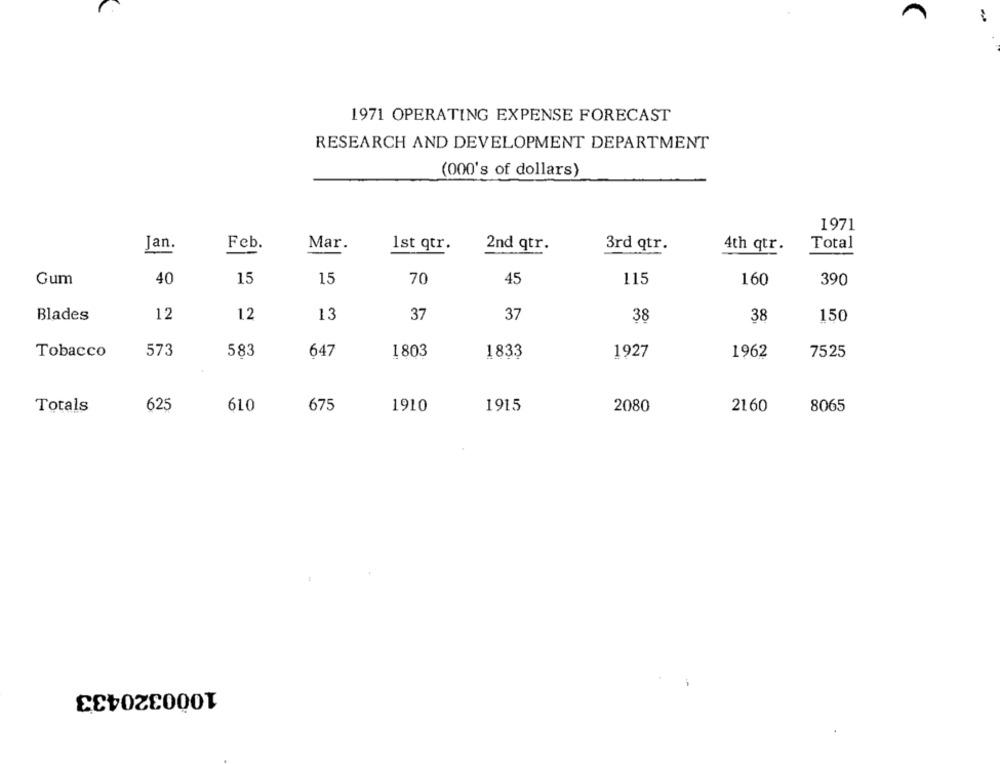
1971 OPERATING EXPENSE FORECAST
RESEARCH AND DEVELOPMENT DEPARTMENT
(000's of dollars)
1971
Jan.
Feb.
Mar.
1st qtr.
2nd qtr.
3rd qtr.
4th qtr.
Total
Gum
40
15
15
70
45
115
160
390
Blades
12
12
13
37
37
38
38
150
Tobacco
573
583
647
1803
1833
1927
1962
7525
Totals
625
610
675
1910
1915
2080
2160
8065
1000320433